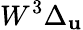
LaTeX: W^{3}\Delta_{\mathbf{u}}